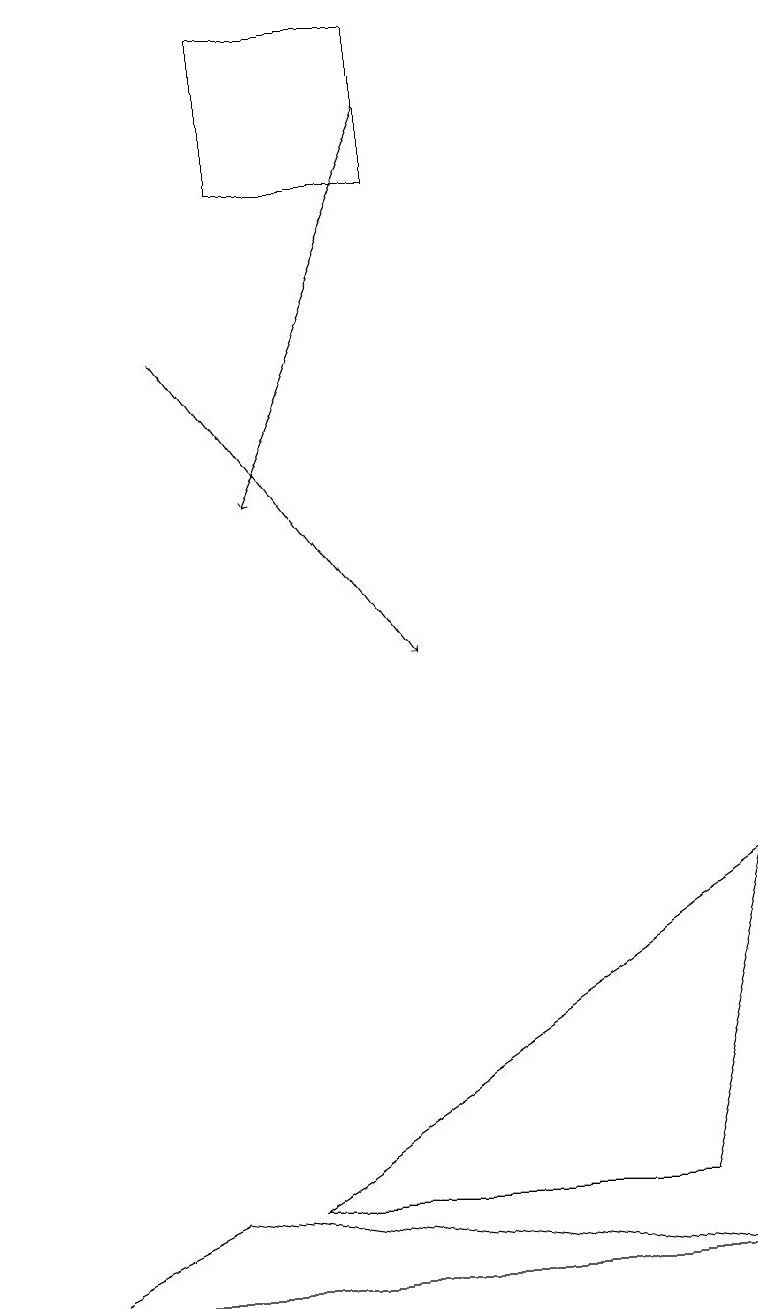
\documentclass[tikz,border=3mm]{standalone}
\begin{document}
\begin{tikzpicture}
\draw (8,4) -- (9,8) -- (3,4) -- cycle;
\draw (5,19) rectangle (3,17);
\draw[->] (2,15) -- (5,11);
\draw (2,4) -- (9,3) -- (0,3) -- cycle;
\draw[->] (5,18) -- (3,13);
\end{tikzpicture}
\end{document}